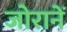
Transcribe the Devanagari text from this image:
जोरानें